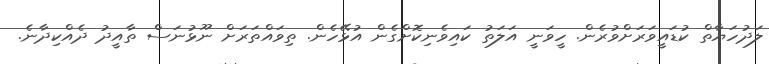
ލަދުހަޔާތް ކުޑައީވަރަށްވުރެން. ހީވަނީ އަލަތު ކައިވެނިކޮށްގެން އުޅޭހެން. ތިވައްތަރަށް ނޫޅުނަސް ތާއީދު ދެއްކިދާނެ.